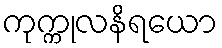
ကုက္ကုလနိရယော